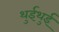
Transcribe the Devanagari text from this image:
थुईथुई